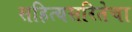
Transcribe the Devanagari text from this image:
सहित्यसरितेचा